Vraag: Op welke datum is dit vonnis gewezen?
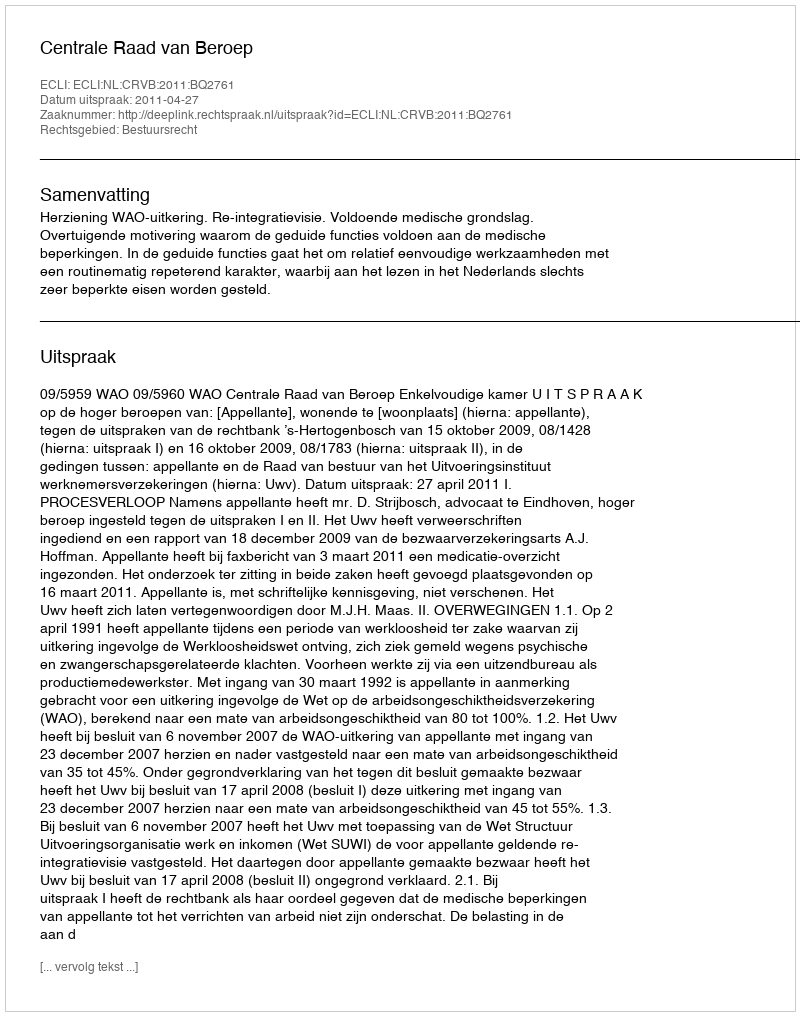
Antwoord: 2011-04-27